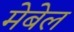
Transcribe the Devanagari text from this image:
मेबेल